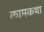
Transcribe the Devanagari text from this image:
कामकथा